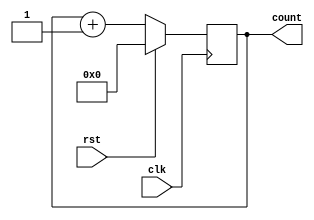
//Counter with Synchronous Reset

module counter(rst, clk, count);
input rst, clk;
output reg [3:0] count = 4'b0000;

always @ (posedge clk)
	begin
		if(rst)
			count = 0;
		else
			count = count + 1;
	end
endmodule